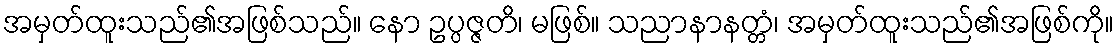
အမှတ်ထူးသည်၏အဖြစ်သည်။ နော ဥပ္ပဇ္ဇတိ၊ မဖြစ်။ သညာနာနတ္တံ၊ အမှတ်ထူးသည်၏အဖြစ်ကို။